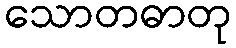
သောတဓာတု